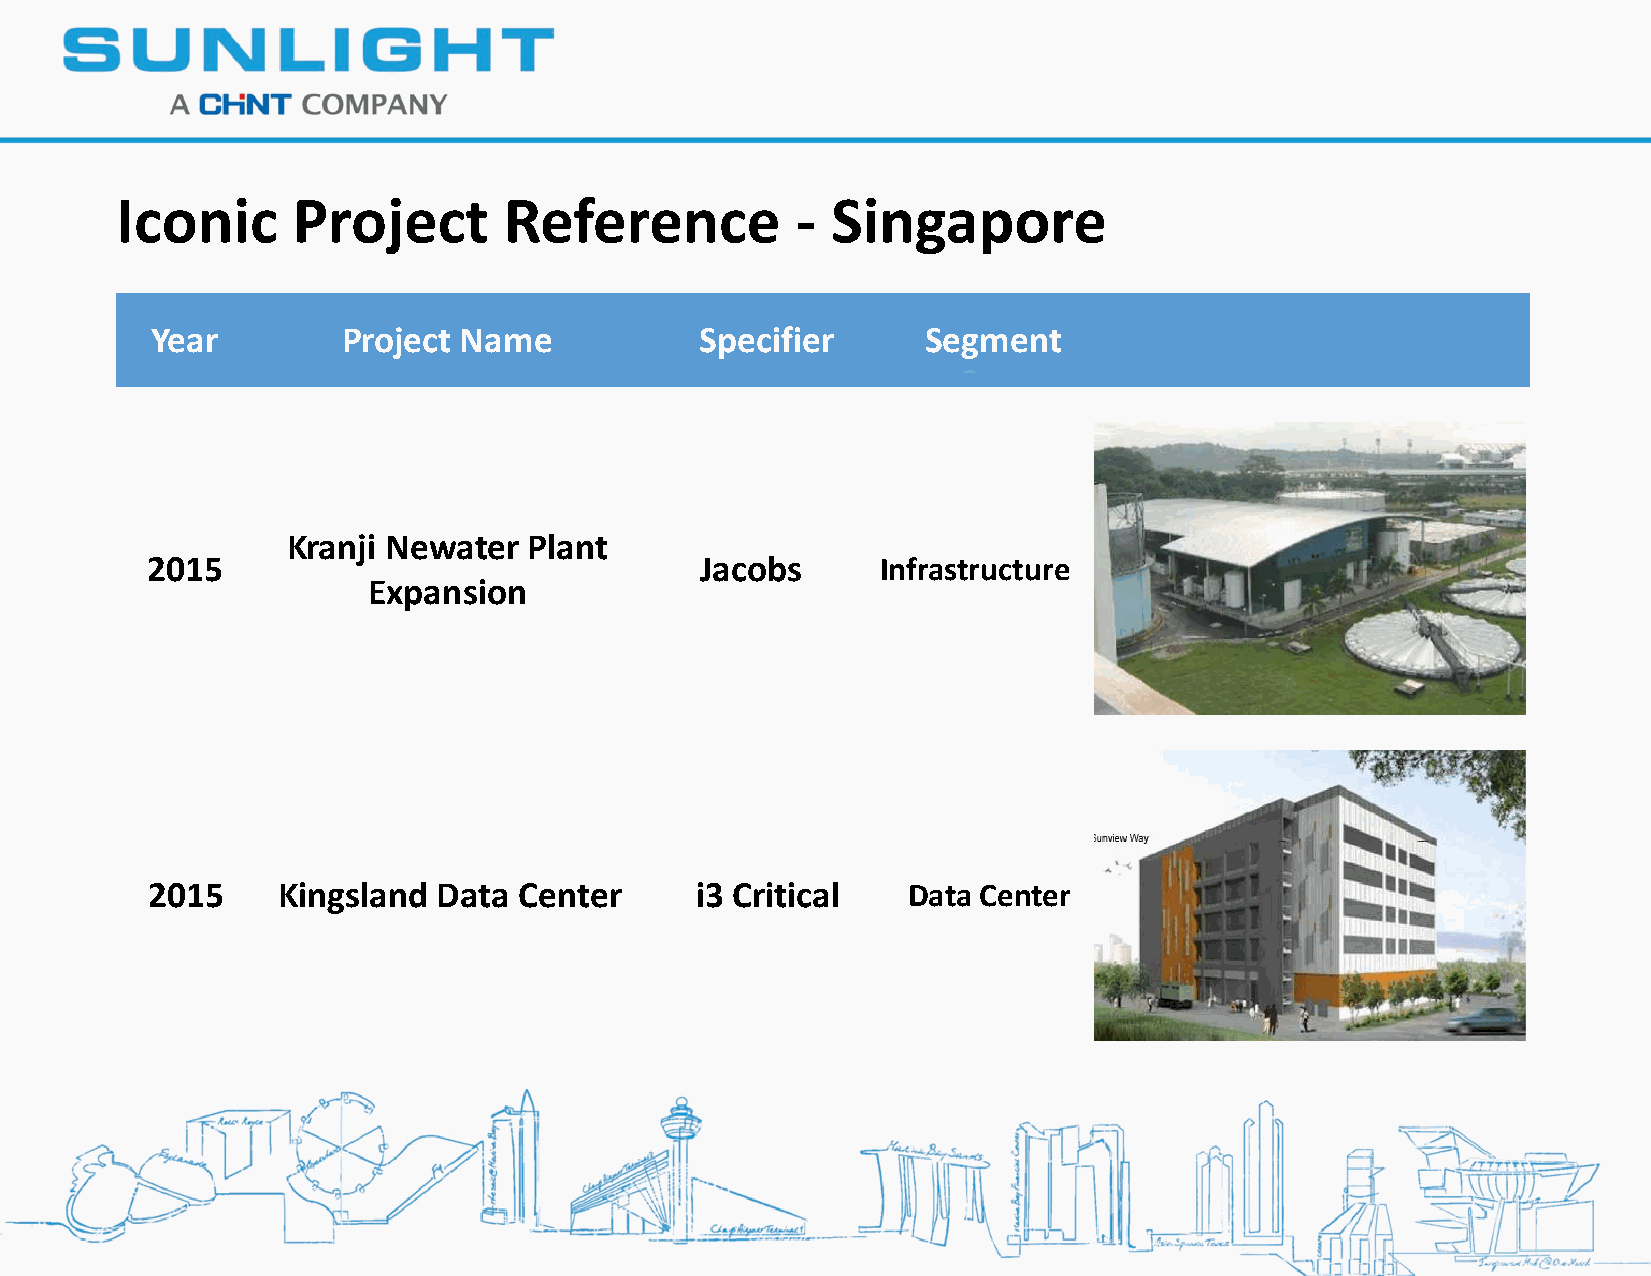
Iconic     Project       Reference           - Singapore
 Year         Project Name           Specifier      Segment
 Kranji Newater  Plant
 2015                                Jacobs      Infrastructure
 Expansion
 2015    Kingsland  Data Center      i3 Critical   Data Center